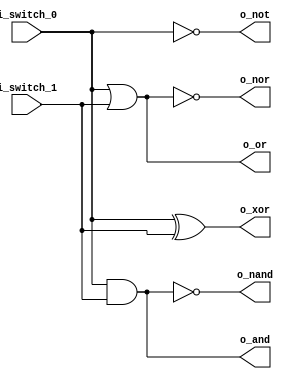
`timescale 1ns / 1ps

module gates(
    input i_switch_0, i_switch_1,
    output o_and, o_nand, o_or, o_nor, o_xor, o_not
    );

    // assign :  
    assign o_and    =   i_switch_0 & i_switch_1;
    assign o_nand   =   ~(i_switch_0 & i_switch_1);
    assign o_or     =   i_switch_0 | i_switch_1;
    assign o_nor    =   ~(i_switch_0 | i_switch_1);
    assign o_xor    =   i_switch_0 ^ i_switch_1;
    assign o_not    =   ~i_switch_0;
    

endmodule